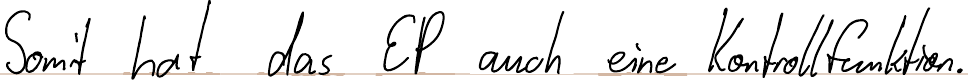
Somit hat das EP auch eine Kontrollfunktion.